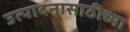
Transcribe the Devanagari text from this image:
उत्पादनासाठीच्या